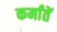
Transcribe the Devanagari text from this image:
कर्मांतें